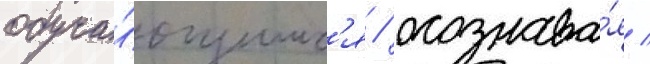
обуча́ющимс'я / осознава́я /